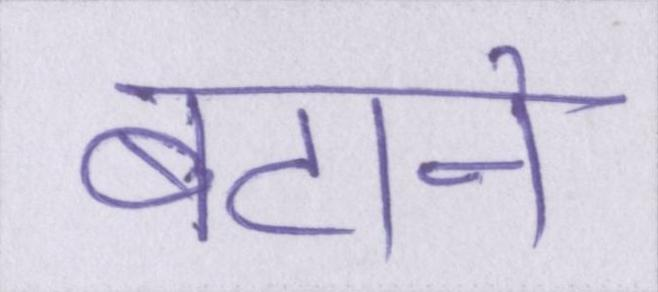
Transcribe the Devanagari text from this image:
बटाने